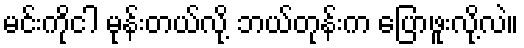
မင်းကိုငါ မုန်းတယ်လို့ ဘယ်တုန်းက ပြောဖူးလို့လဲ။